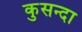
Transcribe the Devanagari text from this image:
कुसन्दा